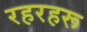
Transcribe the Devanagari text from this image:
रहरहरू